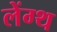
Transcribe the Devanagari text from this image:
लेंग्थ